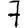
Digit: 7